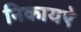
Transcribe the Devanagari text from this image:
निकायऐ